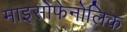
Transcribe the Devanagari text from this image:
माइसोफेनोलिक